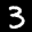
Label: 3